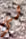
لي